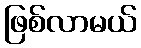
ဖြစ်လာမယ်